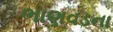
ભાણવડના